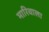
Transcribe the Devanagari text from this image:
मारिवाला